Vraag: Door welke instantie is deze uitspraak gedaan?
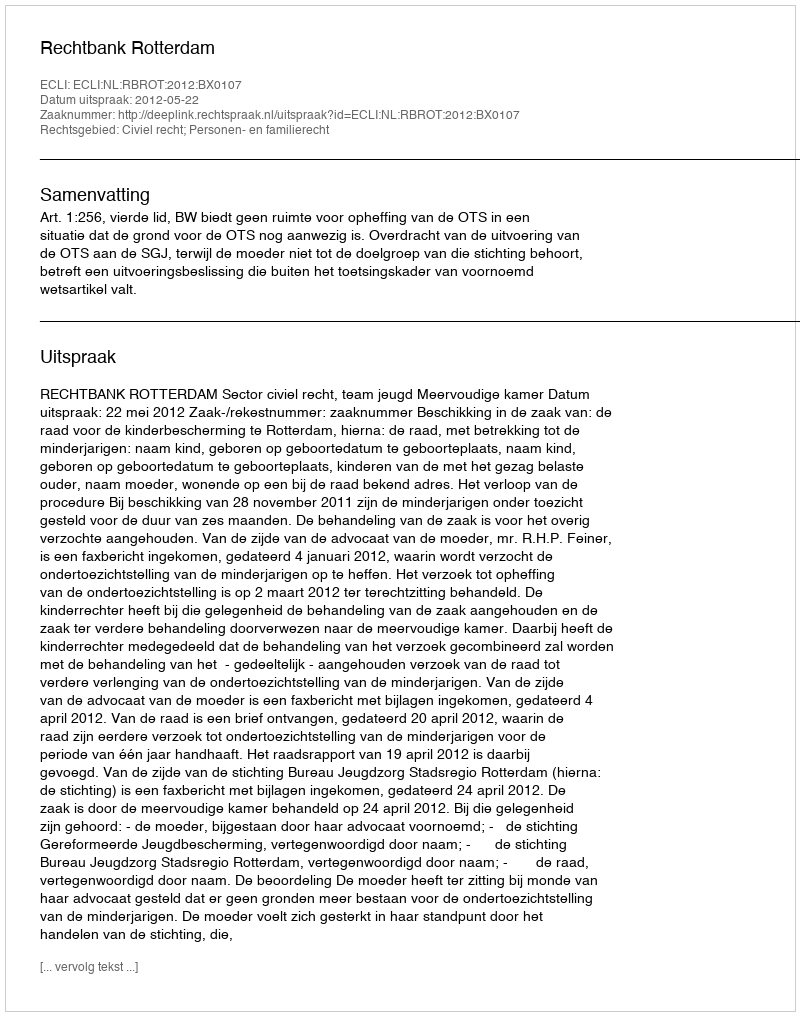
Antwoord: Rechtbank Rotterdam